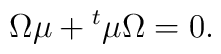
\Omega \mu + {}^t \mu \Omega = 0.